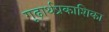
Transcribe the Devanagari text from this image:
गूढ़ार्थप्रकाशिका